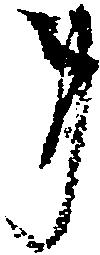
事